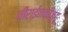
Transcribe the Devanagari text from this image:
चीराईनकीज्हू